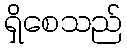
ရှိစေသည်